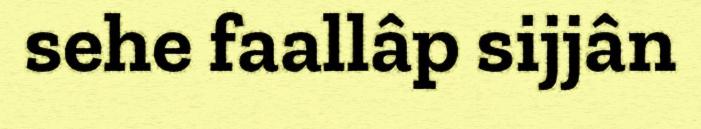
sehe faallâp sijjân